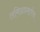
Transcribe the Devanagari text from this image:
तमिळप्रमाणेच